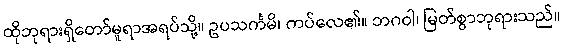
ထိုဘုရားရှိတော်မူရာအရပ်သို့။ ဥပသင်္ကမိ၊ ကပ်လေ၏။ ဘဂဝါ၊ မြတ်စွာဘုရားသည်။